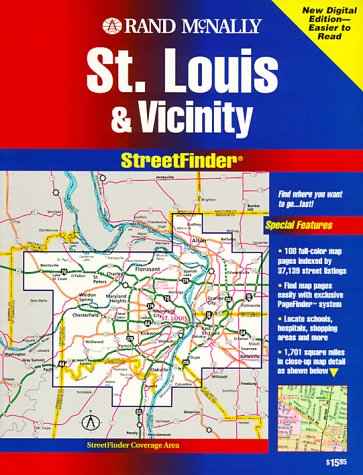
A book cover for Rand McNally Saint Louis & Vicinity Streetfinder; Rand McNally; Travel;